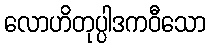
လောဟိတုပ္ပါဒကဝီသော